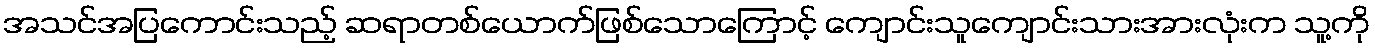
အသင်အပြကောင်းသည့် ဆရာတစ်ယောက်ဖြစ်သောကြောင့် ကျောင်းသူကျောင်းသားအားလုံးက သူ့ကို